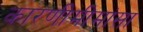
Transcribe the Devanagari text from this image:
कारणीमीमांसा